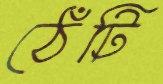
ঠেঁটি